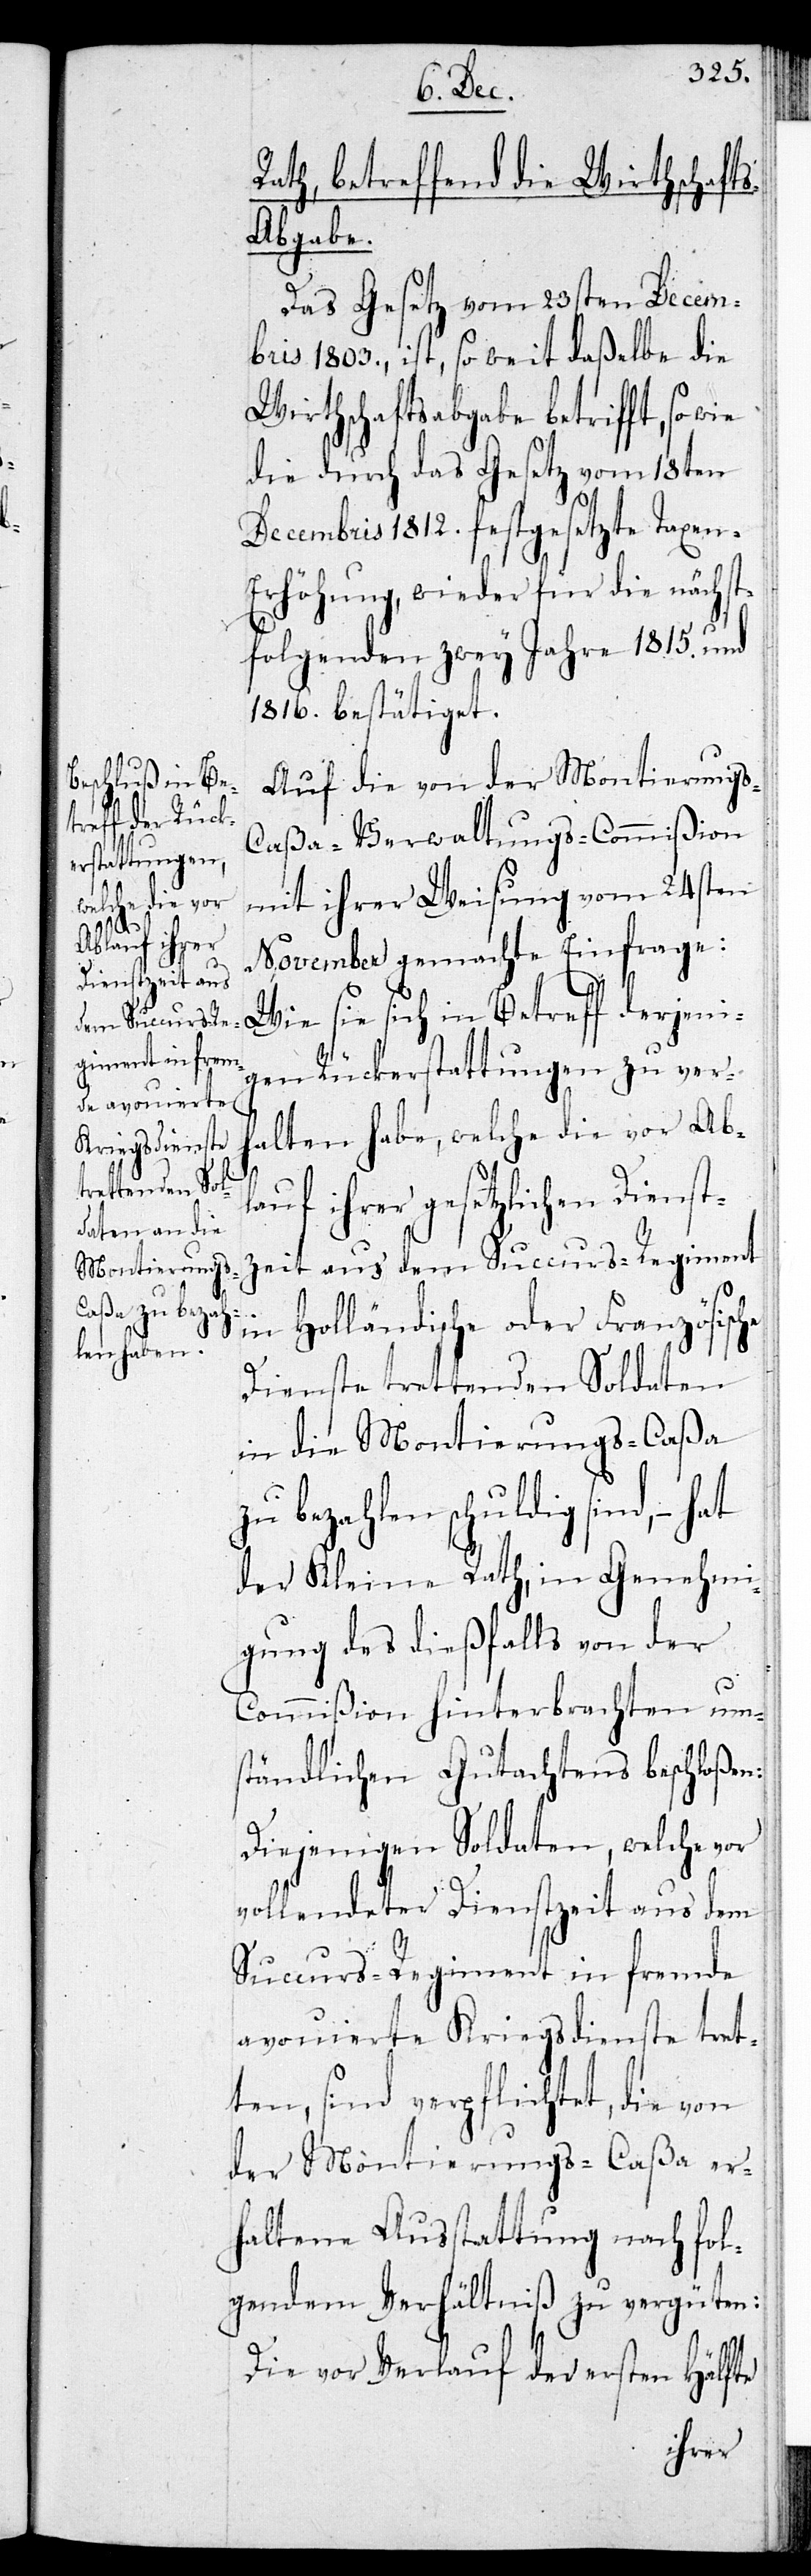
Rath, betreffend die Wirthschaft¬
s-Abgabe
Das Gesetz vom 23sten Decem¬
bris 1803. ist, so weit daßelbe die
Wirthschaftsabgabe betrifft, sowie
die durch das Gesetz vom 18ten
Decembris 1812. festgesetzte Taxen-E¬
rhöhung, wieder für die nächst¬
folgenden zwey Jahre 1815. und
1816. bestätiget.
Auf die von der Montierungs-C¬
aßa-Verwaltungs-Commißion
mit ihrer Weisung vom 24sten
November gemachte Einfrage:
Wie sie sich in Betreff derjeni¬
gen Rückerstattungen zu ver¬
halten habe, welche die vor Ab¬
lauf ihrer gesetzlichen Dienst¬
zeit aus dem Succurs-Regiment
in Holländische oder Französische
Dienste trettenden Soldaten
in die Montierungs-Caßa
bezahlen schuldig sind, – hat
der Kleine Rath, in Genehmi¬
gung des dießfalls von der
Commißion hinterbrachten um¬
ständlichen Gutachtens beschloßen:
Diejenigen Soldaten, welche vor
vollendeter Dienstzeit aus dem
Succurs-Regiment in fremde
avouierte Kriegsdienste tret¬
ten, sind verpflichtet, die von
der Montierungs-Caßa er¬
haltene Ausstattung nach fol¬
gendem Verhältniß zu vergüten:
Die vor Verlauf der ersten Hälfte